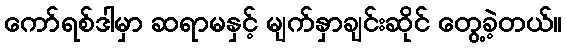
ကော်ရစ်ဒါမှာ ဆရာမနှင့် မျက်နှာချင်းဆိုင် တွေ့ခဲ့တယ်။